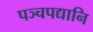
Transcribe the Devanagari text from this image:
पञ्चपद्यानि